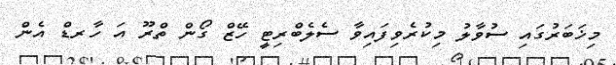
މިޚަބަރުގައި ސުވާލު މިކުރެވިފައިވާ ސެލެބްރިޓީ ހޭޒް ގޯން ތްރޫ އަ ހާރޑް އެން